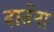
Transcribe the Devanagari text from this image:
दातेंना